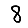
Digit: 8